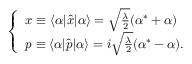
\begin{array} { r } { \left\{ \begin{array} { l l l } { x \equiv \langle \alpha | \hat { x } | \alpha \rangle = \sqrt { \frac { \lambda } { 2 } } ( \alpha ^ { * } + \alpha ) } \\ { p \equiv \langle \alpha | \hat { p } | \alpha \rangle = i \sqrt { \frac { \lambda } { 2 } } ( \alpha ^ { * } - \alpha ) . } \end{array} \right. } \end{array}